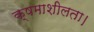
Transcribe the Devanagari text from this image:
क्षमाशीलता।